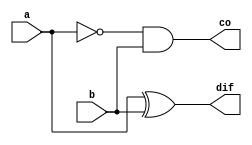
module half_subtractor(a,b,dif,co);
  input a,b;
  output dif,co;
  assign dif = a^b;
  assign co = !a&b;
endmodule